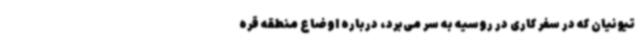
تیونیان که در سفر کاری در روسیه به سر می‌برد، درباره اوضاع منطقه قره